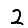
Digit: 2